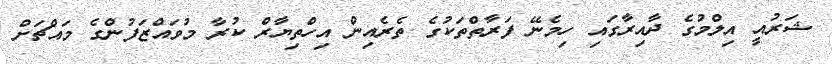
ޝަރުއީ އިލްމުގެ ދާއިރާގައި ހިމެނޭ ފަރާތްތަކުގެ ތެރެއިން އިހްތިޔާރް ކުރާ މުވައްޒަފުންގެ މައްޗަށް